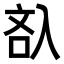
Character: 𠓬